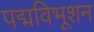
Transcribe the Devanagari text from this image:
पद्मविभूशन